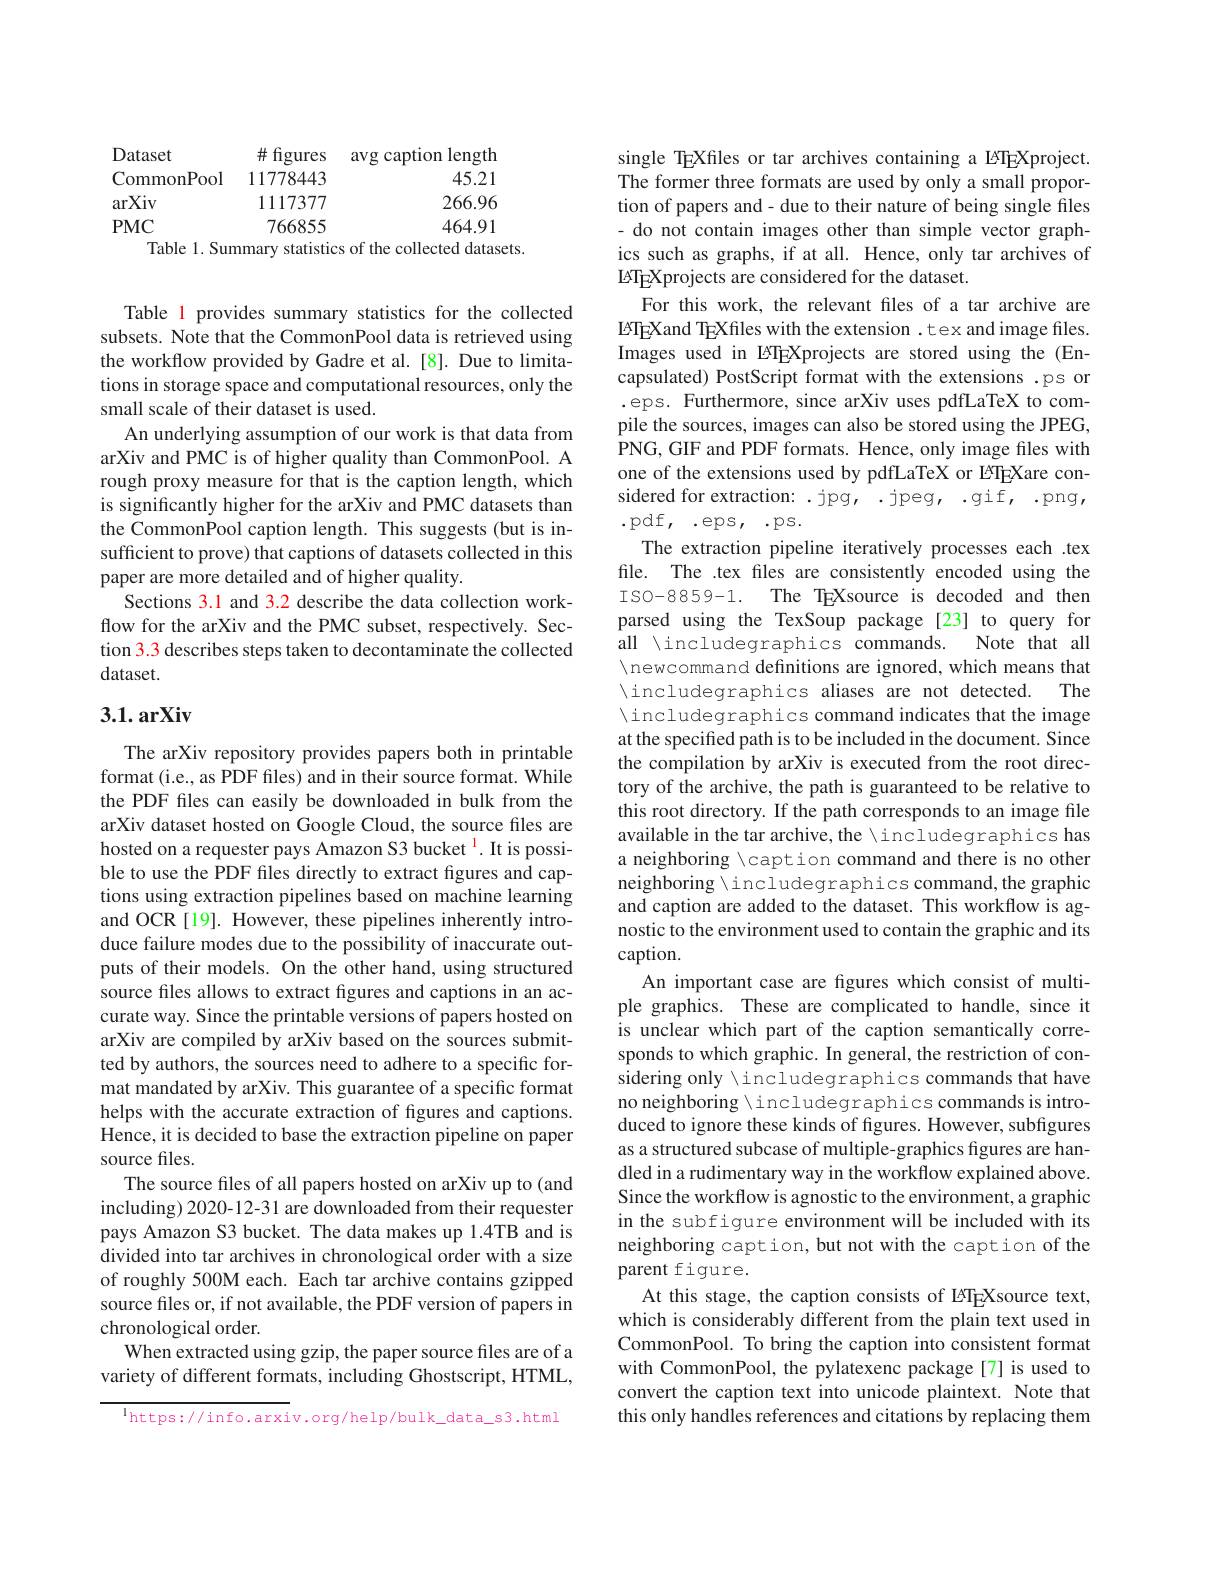
<table>
	<tbody>
		<tr>
			<td>${\mathrm{Dataset}}$</td>
			<td>$\#$ figures</td>
			<td>avg caption length</td>
		</tr>
		<tr>
			<td>commonPool</td>
			<td>$^{11}5^{01}$ 11778443</td>
			<td>${\mathbf{r}}$ $\mathbf{v}^{n}\mathbf{b}^{\mathrm{c}n}$ 45.21</td>
		</tr>
		<tr>
			<td>rXiv</td>
			<td>1117377</td>
			<td>266.96</td>
		</tr>
		<tr>
			<td>$MC$</td>
			<td>766855</td>
			<td>464.91</td>
		</tr>
	</tbody>
</table>

Table 1 provides summary statistics for the collected subsets. Note that the CommonPool data is retrieved using the workflow provided by Gadre et al. [8]. Due to limitations in storage space and computational resources, only the small scale of their dataset is used.
An underlying assumption of our work is that data from arXiv and PMC is of higher quality than CommonPool. A rough proxy measure for that is the caption length, which is significantly higher for the arXiv and PMC datasets than the CommonPool caption length. This suggests (but is insufficient to prove) that captions of datasets collected in this paper are more detailed and of higher quality.
Sections 3.1 and 3.2 describe the data collection workflow for the arXiv and the PMC subset, respectively. Section 3.3 describes steps taken to decontaminate the collected dataset.

## 3.1. arXiv

The arXiv repository provides papers both in printable format (i.e., as PDF files) and in their source format. While the PDF fles can easily be downloaded in bulk from the arXiv dataset hosted on Google Cloud, the source files are hosted on a requester pays Amazon S3 bucket $^{\mathrm{l}}.$ It is possible to use the PDF files directly to extract figures and captions using extraction pipelines based on machine learning and OCR[19]. However, these pipelines inherently introduce failure modes due to the possibility of inaccurate outputs of their models. On the other hand, using structured source files allows to extract figures and captions in an accurate way. Since the printable versions of papers hosted on arXiv are compiled by arXiv based on the sources submitted by authors, the sources need to adhere to a specific format mandated by arXiv. This guarantee of a specific format helps with the accurate extraction of figures and captions. Hence, it is decided to base the extraction pipeline on paper source files.
The source files of all papers hosted on arXiv up to (and including) 2020-12-31 are downloaded from their requester pays Amazon S3 bucket. The data makes up 1.4TB and is divided into tar archives in chronological order with a size of roughly 500M each. Each tar archive contains gzipped source files or, if not available, the PDF version of papers in chronological order.
When extracted using gzip, the paper source files are of a variety of different formats, including Ghostscript, HTML,

$^{\mathrm{l}}$https://info.arxiv.org/help/bulk\_data\_s3.html

single TEXfiles or tar archives containing a ETEXproject. The former three formats are used by only a small proportion of papers and- due to their nature of being single files - do not contain images other than simple vector graphics such as graphs, if at all. Hence, only tar archives of IATEXprojects are considered for the dataset.
For this work, the relevant files of a tar archive are I8TEXand TEXfiles with the extension .tex and image files. Images used in LATEXprojects are stored using the (Encapsulated) PostScript format with the extensions .ps or .eps. Furthermore, since arXiv uses pdfLaTeX to compile the sources, images can also be stored using the JPEG, ${\overset{1}{\operatorname*{\operatorname*{PNG,~GIF~and~PDF~formats.~Hence,~only~image~files~with}}}}$ one of the extensions used by pdfLaTeX or ETEXare considered for extraction: .jpg, .jpeg, .gif, .png, .pdf, eps, .ps.
The extraction pipeline iteratively processes each .tex file. The .tex files are consistently encoded using the ISO-8859-1. The TEXsource is decoded and then parsed using the TexSoup package[23] to query for all \includegraphics commands.
Note that all
 / newcommand definitions are ignored, which means that
$\" includegraphics aliases are not detected.$
The
$\" includegraphics command indicates that the image$ at the specified path is to be included in the document. Since the compilation by arXiv is executed from the root directory of the archive, the path is guaranteed to be relative to this root directory. If the path corresponds to an image file available in the tar archive, the \includegraphics has a neighboring \c{caption~command~and~there~is~no~other} neighboring \includegraphics command,the graphic and caption are added to the dataset. This workflow is agnostic to the environment used to contain the graphic and its $caption.$
An important case are figures which consist of multiple graphics. These are complicated to handle, since it is unclear which part of the caption semantically corresponds to which graphic. In general, the restriction of considering only \includegraphics commands that have no neighboring \includegraphics commands is introduced to ignore these kinds of figures. However, subfigures as a structured subcase of multiple-graphics figures are handled in a rudimentary way in the workflow explained above. Since the workflow is agnostic to the environment, a graphic in the subfigure environment will be included with its neighboring caption, but not with the caption of the parent figure.
At this stage, the caption consists of ETEXsource text, which is considerably different from the plain text used in CommonPool. To bring the caption into consistent format with CommonPool, the pylatexenc package[7] is used to convert the caption text into unicode plaintext. Note that this only handles references and citations by replacing them